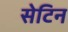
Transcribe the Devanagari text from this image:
सेटिन